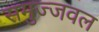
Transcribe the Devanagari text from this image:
समुज्जवल